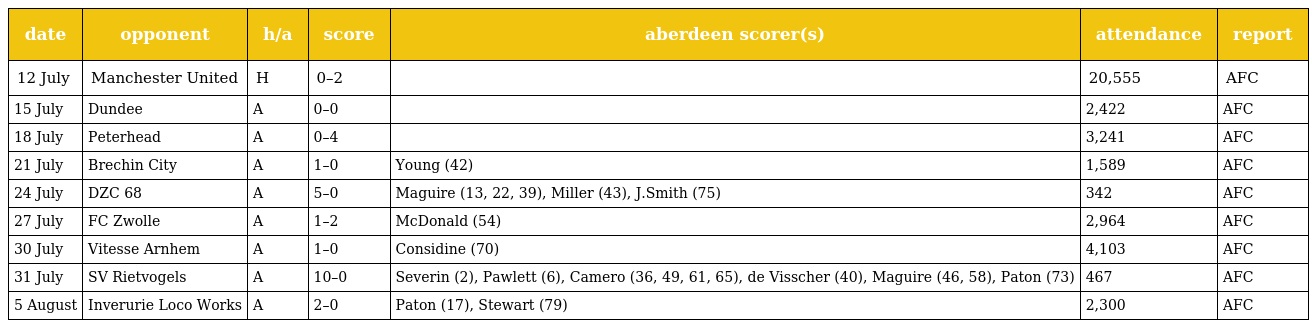
| date | opponent | h/a | score | aberdeen scorer(s) | attendance | report |
 | --- | --- | --- | --- | --- | --- | --- |
 | 12 July | Manchester United | H | 0–2 |  | 20,555 | AFC |
 | 15 July | Dundee | A | 0–0 |  | 2,422 | AFC |
 | 18 July | Peterhead | A | 0–4 |  | 3,241 | AFC |
 | 21 July | Brechin City | A | 1–0 | Young (42) | 1,589 | AFC |
 | 24 July | DZC 68 | A | 5–0 | Maguire (13, 22, 39), Miller (43), J.Smith (75) | 342 | AFC |
 | 27 July | FC Zwolle | A | 1–2 | McDonald (54) | 2,964 | AFC |
 | 30 July | Vitesse Arnhem | A | 1–0 | Considine (70) | 4,103 | AFC |
 | 31 July | SV Rietvogels | A | 10–0 | Severin (2), Pawlett (6), Camero (36, 49, 61, 65), de Visscher (40), Maguire (46, 58), Paton (73) | 467 | AFC |
 | 5 August | Inverurie Loco Works | A | 2–0 | Paton (17), Stewart (79) | 2,300 | AFC |